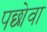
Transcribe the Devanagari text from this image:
पछोवा